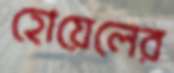
হোয়েলের